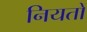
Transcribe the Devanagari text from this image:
नियतों